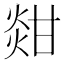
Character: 𤊼